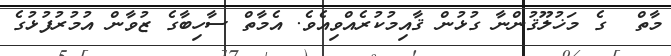
މާތް  ގެ މަޚުލޫޤުންނާ ގުޅުން ޤާއިމުކުރެއްވިއެވެ. އެމާތް ސާހިބާގެ ޒުވާން އުމުރުފުޅުގެ